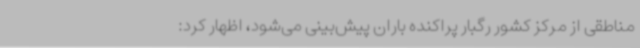
مناطقی از مرکز کشور رگبار پراکنده باران پیش‌بینی می‌شود، اظهار کرد: